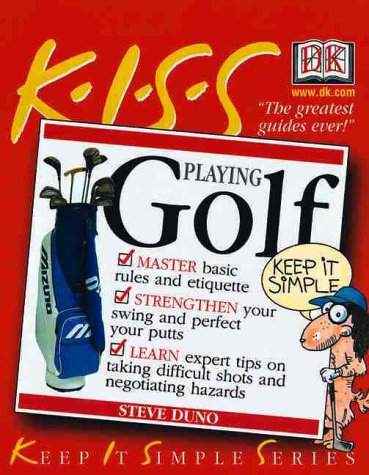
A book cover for KISS Guide to Playing Golf (Keep It Simple Series); Steve Duno; Sports & Outdoors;